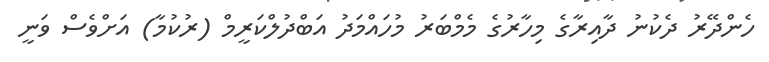
ހެންދޭރު ދެކުނު ދާއިރާގެ މިހާރުގެ މެމްބަރު މުހައްމަދު އަބްދުލްކަރީމް (ރުކުމާ) އަށްވެސް ވަނީ